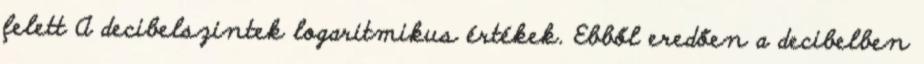
felett A decibelszintek logaritmikus értékek. Ebből eredően a decibelben